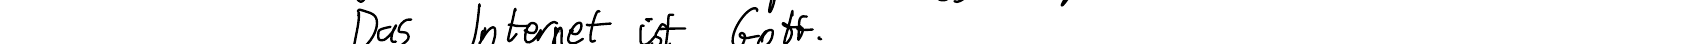
Das Internet ist Gott.